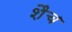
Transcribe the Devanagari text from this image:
शैच